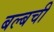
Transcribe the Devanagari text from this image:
बल्बची